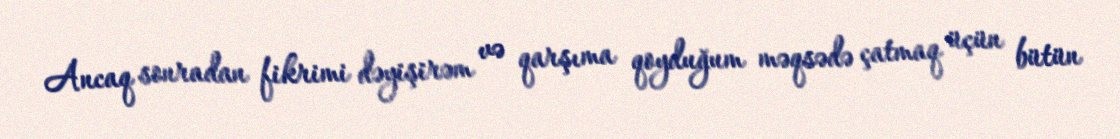
Ancaq sonradan fikrimi dəyişirəm və qarşıma qoyduğum məqsədə çatmaq üçün bütün